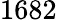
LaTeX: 1682